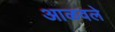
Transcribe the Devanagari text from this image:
आळवले